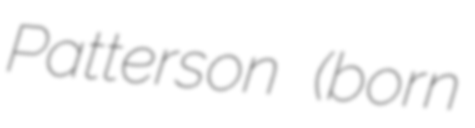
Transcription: Patterson (born